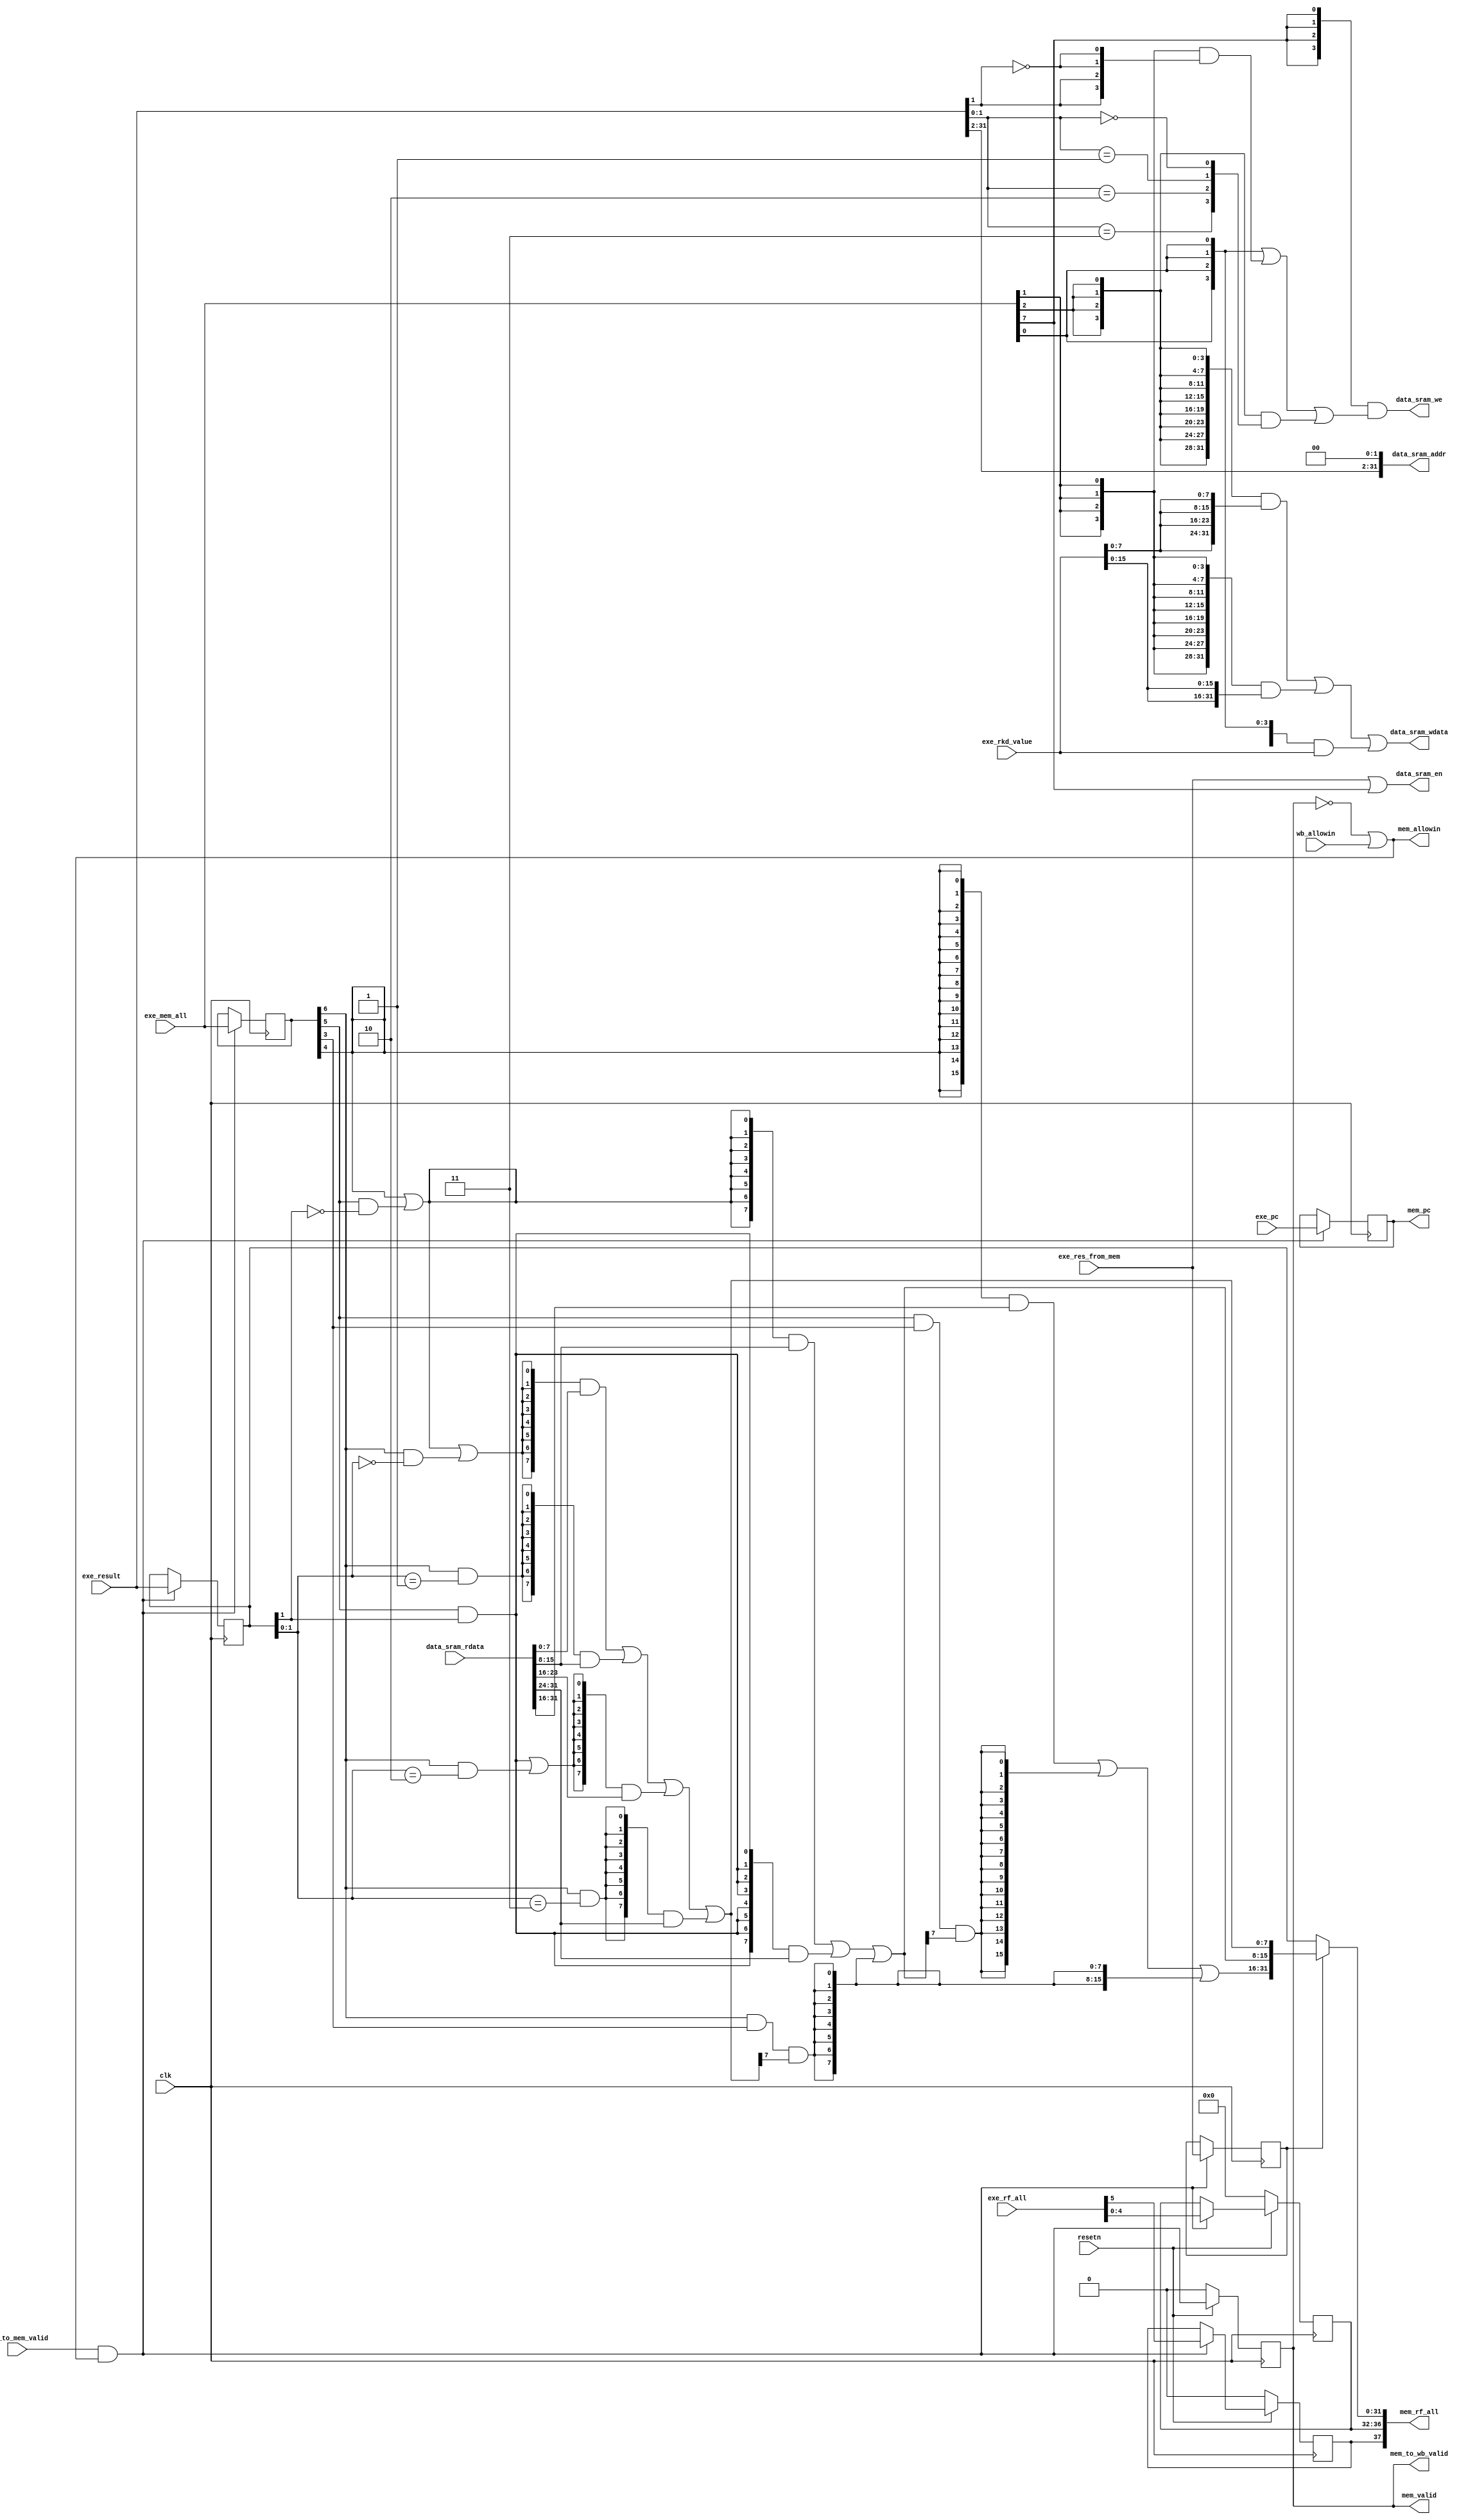
module MEMstate(
    input              clk,
    input              resetn,
    output reg         mem_valid,
    // exestate -> memstate
    output             mem_allowin,
    input       [5 :0] exe_rf_all, // {exe_rf_we, exe_rf_waddr}
    input              exe_to_mem_valid,
    input       [31:0] exe_pc,    
    input       [31:0] exe_result, 
    input              exe_res_from_mem, 
    input       [7 :0] exe_mem_all,
    //{mem_we, ld_b, ld_h, ld_w, ld_se, st_b, st_h, st_w}
    input       [31:0] exe_rkd_value,
    // memstate -> wbstate
    input              wb_allowin,
    output      [37:0] mem_rf_all, // {mem_rf_we, mem_rf_waddr, mem_rf_wdata}
    output             mem_to_wb_valid,
    output reg  [31:0] mem_pc,
    // data sram
    output             data_sram_en,
    output      [ 3:0] data_sram_we,
    output      [31:0] data_sram_addr,
    output      [31:0] data_sram_wdata,
    input       [31:0] data_sram_rdata
);

    wire        mem_ready_go;
    wire [31:0] mem_result;
    // reg         mem_valid;
    reg  [7 :0] mem_all;
    reg  [31:0] rkd_value;
    wire [31:0] mem_rf_wdata;
    reg         mem_rf_we;
    reg  [4 :0] mem_rf_waddr;
    reg  [31:0] alu_result;
    reg         mem_res_from_mem;
    wire        mem_we, ld_b, ld_h, ld_w, ld_se, st_b, st_h, st_w;
    wire [3:0]  strb;

    // valid signals
    assign mem_ready_go     = 1'b1;
    assign mem_allowin      = ~mem_valid | mem_ready_go & wb_allowin;     
    assign mem_to_wb_valid  = mem_valid & mem_ready_go;
    assign mem_rf_wdata     = mem_res_from_mem ? mem_result : alu_result;
    assign mem_rf_all       = {mem_rf_we, mem_rf_waddr, mem_rf_wdata};
    always @(posedge clk) begin
        if(~resetn)
            mem_valid <= 1'b0;
        else
            mem_valid <= exe_to_mem_valid & mem_allowin; 
    end

    // exestate <-> memstate
    always @(posedge clk) begin
        if(exe_to_mem_valid & mem_allowin)
            mem_pc <= exe_pc;
    end
    always @(posedge clk) begin
        if(exe_to_mem_valid & mem_allowin)
            alu_result <= exe_result;
    end
    always @(posedge clk) begin
        if(~resetn)
            {mem_rf_we, mem_rf_waddr} <= 6'd0;
        else if(exe_to_mem_valid & mem_allowin)
            {mem_rf_we, mem_rf_waddr} <= exe_rf_all;
    end
    always @(posedge clk) begin
        if(exe_to_mem_valid & mem_allowin)
            {mem_res_from_mem, mem_all, rkd_value} <= {exe_res_from_mem, exe_mem_all, exe_rkd_value};
    end

    assign mem_result[7:0] = {8{ld_w | ld_h & ~alu_result[1] | ld_b & alu_result[1:0] == 2'b00}} & data_sram_rdata[7:0]
                               | {8{ld_b & alu_result[1:0] == 2'b01}} & data_sram_rdata[15:8]
                               | {8{ld_h & alu_result[1] | ld_b & alu_result[1:0] == 2'b10}} & data_sram_rdata[23:16]
                               | {8{ld_b & alu_result[1:0] == 2'b11}} & data_sram_rdata[31:24];
    assign mem_result[15:8] = {8{ld_w | ld_h & ~alu_result[1]}} & data_sram_rdata[15:8]
                                | {8{ld_h & alu_result[1]}} & data_sram_rdata[31:24]
                                | {8{ld_b & ld_se & mem_result[7]}};
    assign mem_result[31:16] = {16{ld_w}} & data_sram_rdata[31:16]
                                 | {16{ld_h & ld_se & mem_result[15]}}
                                 | {16{ld_b & ld_se & mem_result[7]}};
    assign {ld_b, ld_h, ld_w, ld_se} = mem_all[6:3];
    assign mem_we                    = exe_mem_all[7];
    assign {st_b, st_h, st_w}        = exe_mem_all[2:0];
    assign strb = {4{st_w}} | {4{st_h}} & {exe_result[1],exe_result[1],~exe_result[1],~exe_result[1]}
                  | {4{st_b}} & {exe_result[1:0]==2'b11,exe_result[1:0]==2'b10,
                                 exe_result[1:0]==2'b01,exe_result[1:0]==2'b00};
    /* sram instantiation */
    assign data_sram_en    = exe_res_from_mem | mem_we;
    assign data_sram_we    = {4{mem_we}} & strb;
    assign data_sram_addr  = {exe_result[31:2],2'b0};
    assign data_sram_wdata = {32{st_b}} & {4{exe_rkd_value[7:0]}}
                             | {32{st_h}} & {2{exe_rkd_value[15:0]}}
                             | {32{st_w}} & exe_rkd_value;

endmodule